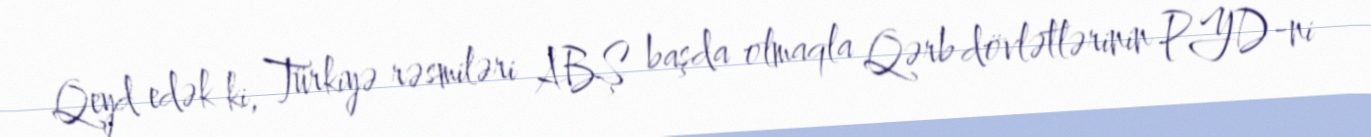
Qeyd edək ki, Türkiyə rəsmiləri ABŞ başda olmaqla Qərb dövlətlərinin PYD-ni